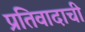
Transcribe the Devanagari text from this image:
प्रतिवादाची